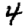
Digit: 4